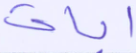
آيات